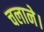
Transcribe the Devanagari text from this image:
चलाने।